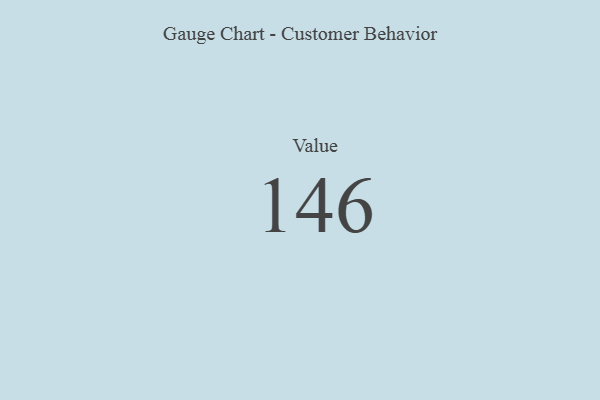
{"axis": {"x": "Metric", "y": "Value"}, "legend": [""], "data": [{"x": "Value", "y": 146, "type": ""}]}